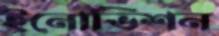
ইনোভিশন